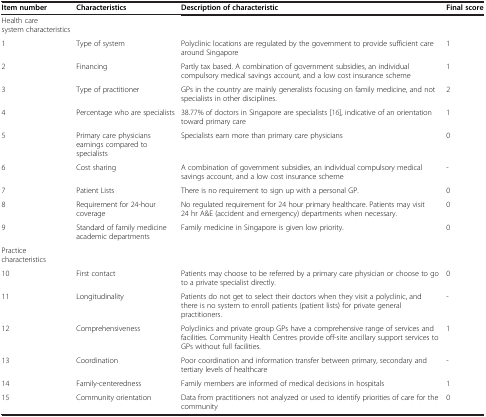
| Item number | Characteristics | Description of characteristic | Final score |
 | --- | --- | --- | --- |
 | Health care system characteristics |  |  |  |
 | 1 | Type of system | Polyclinic locations are regulated by the government to provide sufficient care around Singapore | 1 |
 | 2 | Financing | Partly tax based. A combination of government subsidies, an individual compulsory medical savings account, and a low cost insurance scheme | 1 |
 | 3 | Type of practitioner | GPs in the country are mainly generalists focusing on family medicine, and not specialists in other disciplines. | 2 |
 | 4 | Percentage who are specialists | 38.77% of doctors in Singapore are specialists [16], indicative of an orientation toward primary care | 1 |
 | 5 | Primary care physicians earnings compared to specialists | Specialists earn more than primary care physicians | 0 |
 | 6 | Cost sharing | A combination of government subsidies, an individual compulsory medical savings account, and a low cost insurance scheme | - |
 | 7 | Patient Lists | There is no requirement to sign up with a personal GP. | 0 |
 | 8 | Requirement for 24-hour coverage | No regulated requirement for 24 hour primary healthcare. Patients may visit 24 hr A&E (accident and emergency) departments when necessary. | 0 |
 | 9 | Standard of family medicine academic departments | Family medicine in Singapore is given low priority. | 0 |
 | Practice characteristics |  |  |  |
 | 10 | First contact | Patients may choose to be referred by a primary care physician or choose to go to a private specialist directly. | 0 |
 | 11 | Longitudinality | Patients do not get to select their doctors when they visit a polyclinic, and there is no system to enroll patients (patient lists) for private general practitioners. | - |
 | 12 | Comprehensiveness | Polyclinics and private group GPs have a comprehensive range of services and facilities. Community Health Centres provide off-site ancillary support services to GPs without full facilities. | 1 |
 | 13 | Coordination | Poor coordination and information transfer between primary, secondary and tertiary levels of healthcare | - |
 | 14 | Family-centeredness | Family members are informed of medical decisions in hospitals | 1 |
 | 15 | Community orientation | Data from practitioners not analyzed or used to identify priorities of care for the community | 0 |